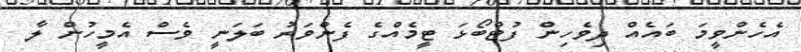
އެހެންވީމަ ބައެއް ދިވެހިން ފުޓްބޯޅަ ޓީމެއްގެ ފެންވަރު ބަލަނީ ވެސް އެމީހުން ލާ